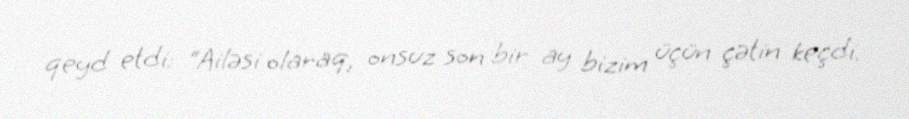
qeyd etdi: “Ailəsi olaraq, onsuz son bir ay bizim üçün çətin keçdi.